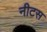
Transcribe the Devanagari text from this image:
नीटस